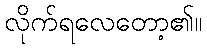
လိုက်ရလေတော့၏။